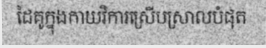
ដៃគូក្នុងកាយវិការស្រើបស្រាលបំផុត